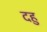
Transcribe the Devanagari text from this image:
दहु